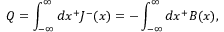
Q = \int _ { - { \infty } } ^ { \infty } d x ^ { + } J ^ { - } ( x ) = - \int _ { - { \infty } } ^ { \infty } d x ^ { + } B ( x ) ,